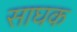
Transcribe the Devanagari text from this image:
साघक